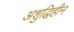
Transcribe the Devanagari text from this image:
अशुद्धिहीन